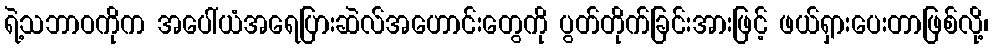
ရဲ့သဘာဝကိုက အပေါ်ယံအရေပြားဆဲလ်အဟောင်းတွေကို ပွတ်တိုက်ခြင်းအားဖြင့် ဖယ်ရှားပေးတာဖြစ်လို့၊